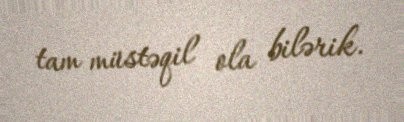
tam müstəqil ola bilərik.